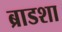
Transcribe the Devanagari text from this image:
ब्राडशा